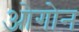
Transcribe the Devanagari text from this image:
ओगोन